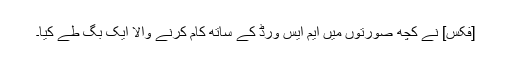
[فکس] نے کچھ صورتوں میں ایم ایس ورڈ کے ساتھ کام کرنے والا ایک بگ طے کیا۔